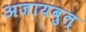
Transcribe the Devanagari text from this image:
अजायबुल्